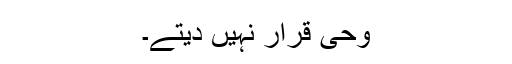
وحی قرار نہیں دیتے۔